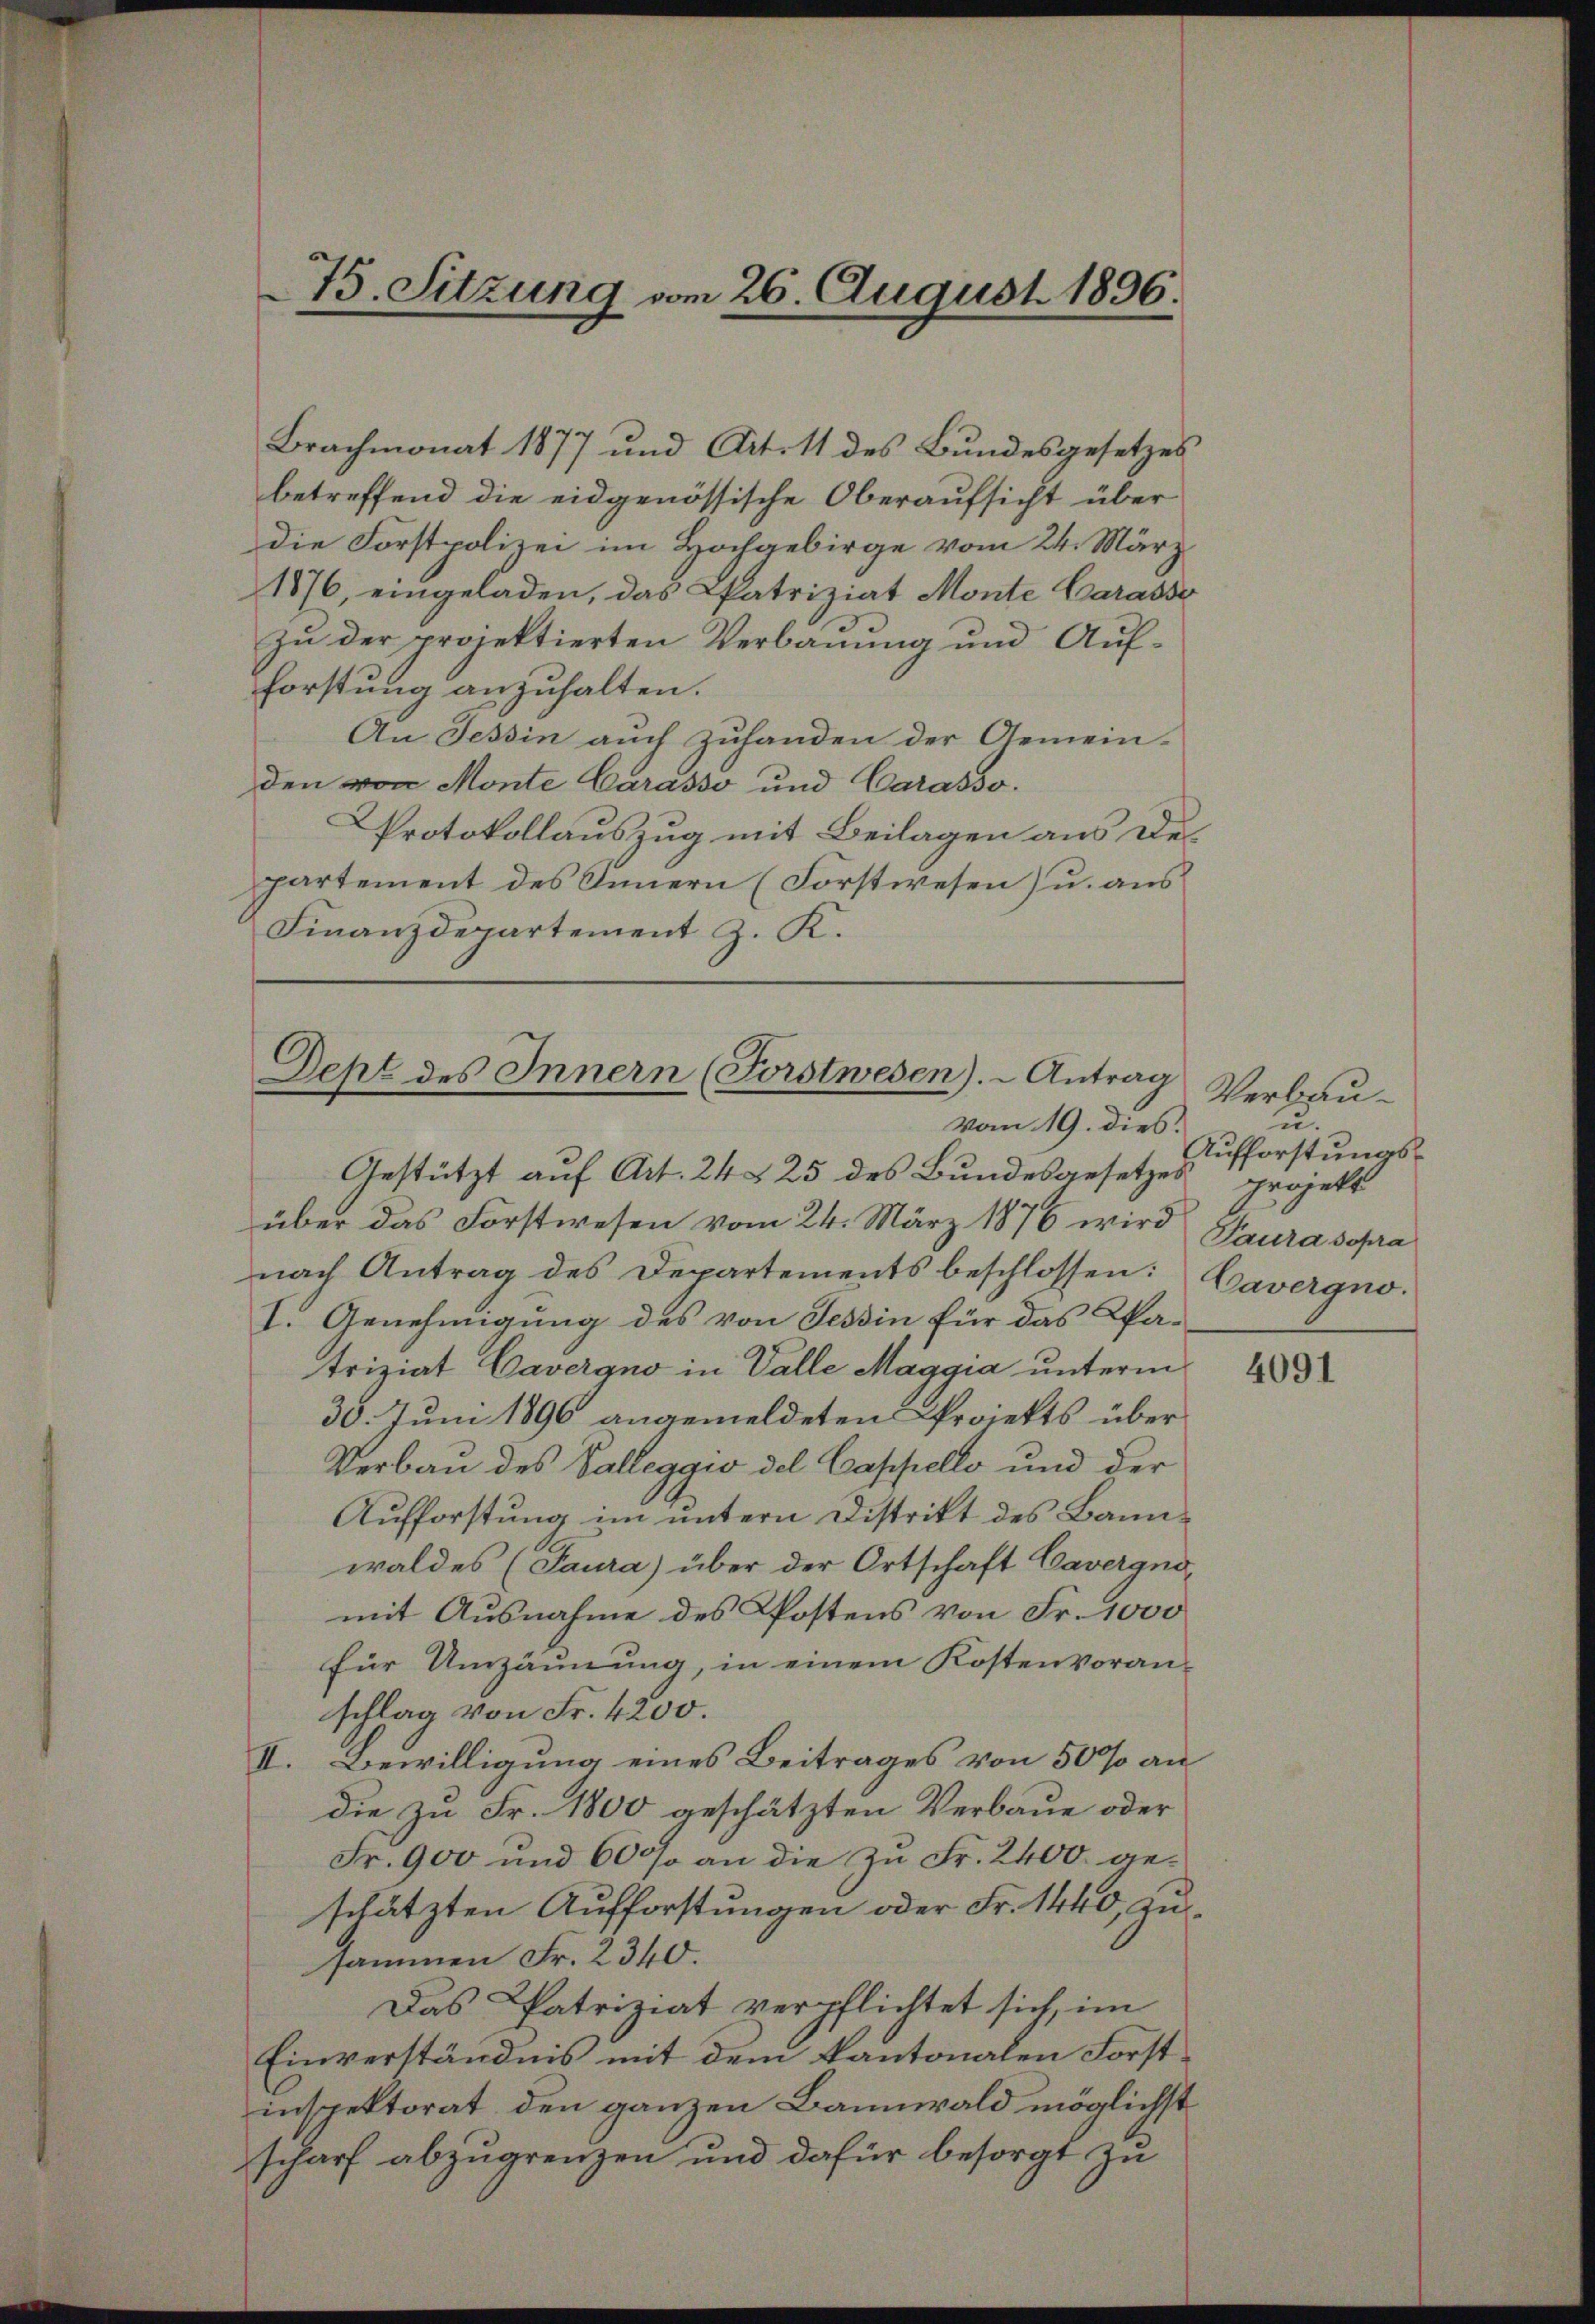
Brachmonat 1877 und Aitott des Bundesgesetzes
betreffend die eidgenössische Oberaufsicht über
die Forstpolizei im Hochgebirge vom 24. März
1876, eingeladen, das Patriziat Monte Carasse
zu der projektierten Verbauung und Aufforstung anzuhalten.
An Tessin auch zuhanden der Gemein-
den von Monte Carasso und Carasso.
Protokollauszug mit Beilagen aus Departement des Innern (Forstwesen) u. aus
Finanzdepartement z. K.

75. Sitzung vom 26. August 1896.

Dept des Innern (Forstwesen). - Antrag
vom 19. dies.

Gestützt auf Art. 24 § 25 des Bundesgesetzes projekt
über das Forstwesen vom 24. März 1876 wird Saura sopra
nach Antrag des Departements beschlossen: Cavergno¬
I. Genehmigung des von Tessin für das Pa-
triziat Cavergno in Valle Maggia unterm
30. Juni 1896 angemeldeten Projekts über
Verbau des Valleggio del Cappello und der
Aufforstung im untern Distrikt des Bannwaldes (Saura) über der Ortschaft Cavergno,
mit Ausnahme des Postens von Fr. 1000
für Umzäunung, in einem Kostenvoran-
schlag von Fr. 4200.
Bewilligung eines Beitrages von 50 % an
III.
die zu Fr. 1800 geschätzten Verbaue oder
Fr. 900 und 6000 an die zu Fr. 2400. geschätzten Aufforstungen oder Fr. 1440, zusammen Fr. 2340.
Das Patriziat verpflichtet sich, im
Einverständnis mit dem Kantonalen Forstinspektorat, den ganzen Bannwald möglichst
scharf abzugrenzen und dafür besorgt zu

Verbau¬
u.
Aufforstungs¬

4091